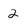
Character: 2